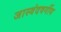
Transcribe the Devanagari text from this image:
जास्वंदवर्गीय